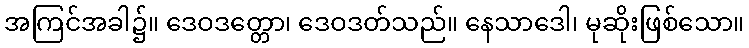
အကြင်အခါ၌။ ဒေဝဒတ္တော၊ ဒေဝဒတ်သည်။ နေသာဒေါ၊ မုဆိုးဖြစ်သော။